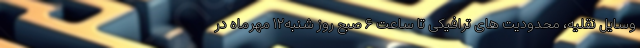
وسایل نقلیه، محدودیت های ترافیکی تا ساعت ۶ صبح روز شنبه۱۲ مهرماه در